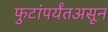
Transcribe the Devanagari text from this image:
फुटांपर्यंतअसून